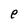
Character: e